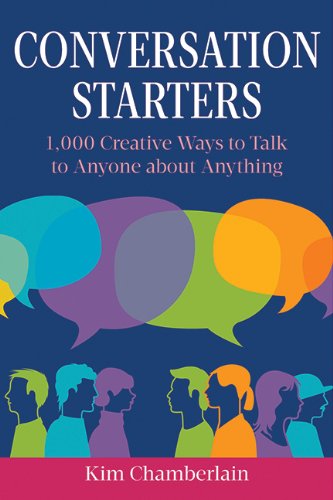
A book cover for Conversation Starters: 1,000 Creative Ways to Talk to Anyone about Anything; Kim Chamberlain; Reference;